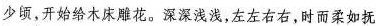
少顷，开始给木床雕花。深深浅浅，左左右右，时雨柔如抚